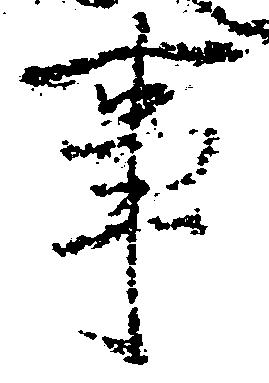
事